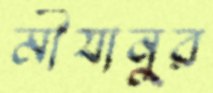
মীযানুর